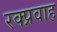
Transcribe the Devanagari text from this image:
रक्प्रवाह